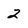
Character: 2